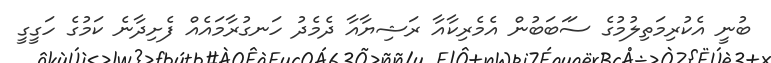
ބުނީ އެކުރިމަތިލުމުގެ ސަަބަބުން އެމެރިކާއާ ރަޝިޔާއާ ދެމެދު ހަނގުރާމައެއް ފެށިދާނެ ކަމުގެ ހަގީގީ